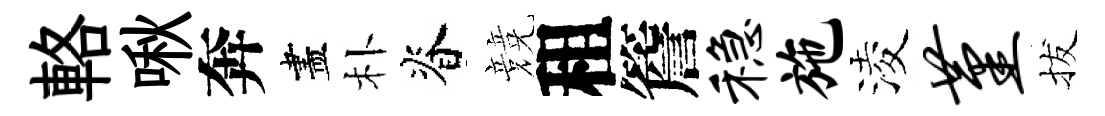
輅啾奔盡朴脊競租簷稳施淩堇拔